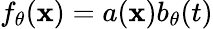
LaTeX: f_{\theta}(\mathbf{x})=a(\mathbf{x})b_{\theta}(t)